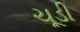
ચૂડી